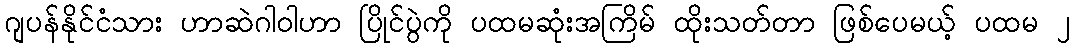
ဂျပန်နိုင်ငံသား ဟာဆဲဂါဝါဟာ ပြိုင်ပွဲကို ပထမဆုံးအကြိမ် ထိုးသတ်တာ ဖြစ်ပေမယ့် ပထမ ၂